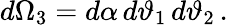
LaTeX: d\Omega_{3}=d\alpha\, d\vartheta_{1}\, d\vartheta_{2}\, .